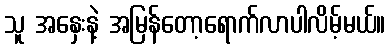
သူ အနှေးနဲ့ အမြန်တော့ရောက်လာပါလိမ့်မယ်။